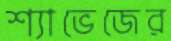
শ্যাভেজের